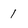
Character: 1